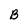
Character: B